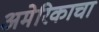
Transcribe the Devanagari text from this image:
अमेरिकाचा